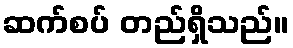
ဆက်စပ် တည်ရှိသည်။